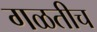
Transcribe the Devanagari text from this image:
गळतीच